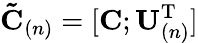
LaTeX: \mathbf{\tilde{C}}_{(n)}=[\mathbf{C};\mathbf{U}_{(n)}^{\mathrm{T}}]